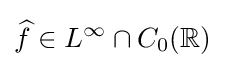
{\widehat {f}}\in L^{\infty }\cap C_{0}(\mathbb {R} )